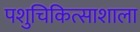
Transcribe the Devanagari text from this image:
पशुचिकित्साशाला